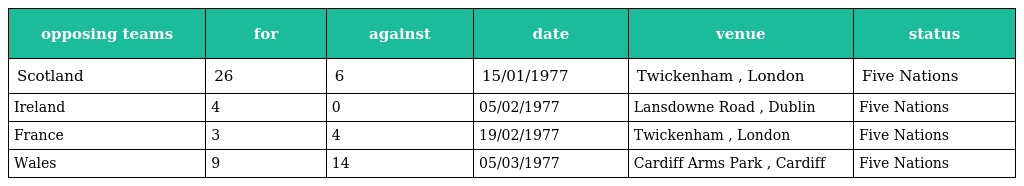
| opposing teams | for | against | date | venue | status |
 | --- | --- | --- | --- | --- | --- |
 | Scotland | 26 | 6 | 15/01/1977 | Twickenham , London | Five Nations |
 | Ireland | 4 | 0 | 05/02/1977 | Lansdowne Road , Dublin | Five Nations |
 | France | 3 | 4 | 19/02/1977 | Twickenham , London | Five Nations |
 | Wales | 9 | 14 | 05/03/1977 | Cardiff Arms Park , Cardiff | Five Nations |